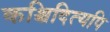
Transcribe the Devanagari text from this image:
कश्चिदित्यपि